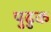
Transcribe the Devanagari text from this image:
पुढुक